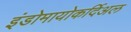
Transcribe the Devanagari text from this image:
इंडोमायोकर्दिअल